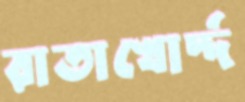
রাতাখোর্দ্দ